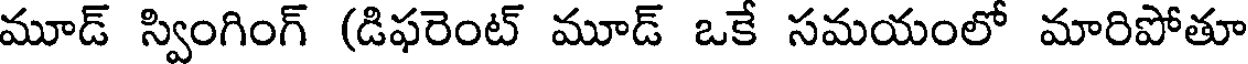
మూడ్ స్వింగింగ్ (డిఫరెంట్ మూడ్ ఒకే సమయంలో మారిపోతూ